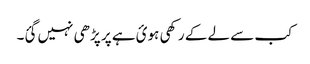
کب سے لے کے رکھی ہوئ ہے پر پڑھی نہیں گئ۔